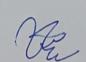
Signature authenticity: genuine